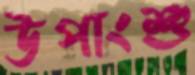
উপাংশু